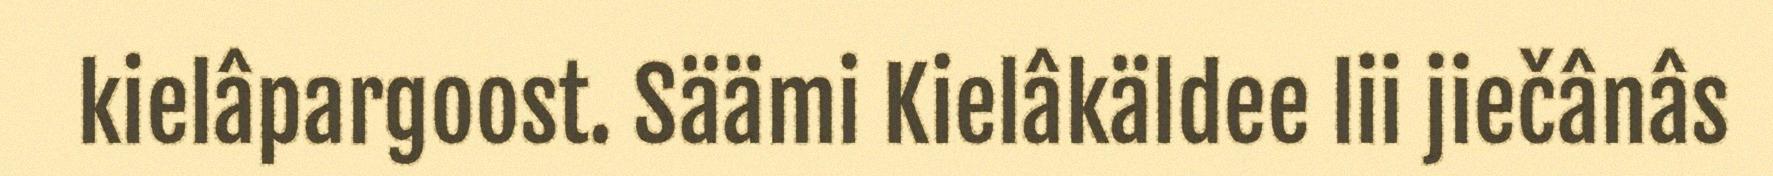
kielâpargoost. Säämi Kielâkäldee lii jiečânâs